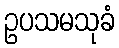
ဥပသမသုခံ